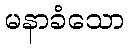
မနာခံသော